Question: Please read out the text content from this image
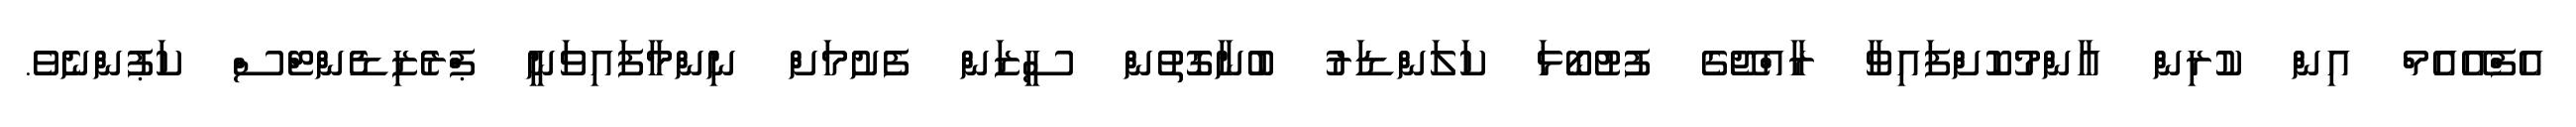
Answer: އެފްއޭއެމް އިން ކުރިން އާންމުކޮށްފައިވާ ރާއްޖޭގެ ފުޓުބޯޅަ ކަލަންޑަރު ބުނާގޮތުން ސީޒަން ފެށުމަށް ނިންމާފައިވަނީ ޕްރެޒިޑެންޓްސް ކަޕުންނެވެ.